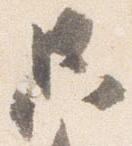
只